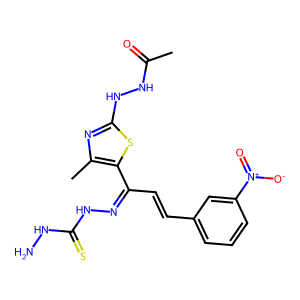
SMILES: CC(=O)NNc1nc(C)c(C(C=Cc2cccc([N+](=O)[O-])c2)=NNC(=S)NN)s1
Inhibits HIV replication: No